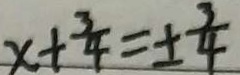
x + \frac { 3 } { 4 } = \pm \frac { 3 } { 4 }